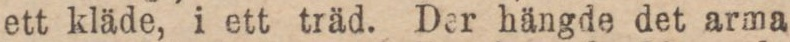
ett kläde, i ett träd. Der hängde det arma